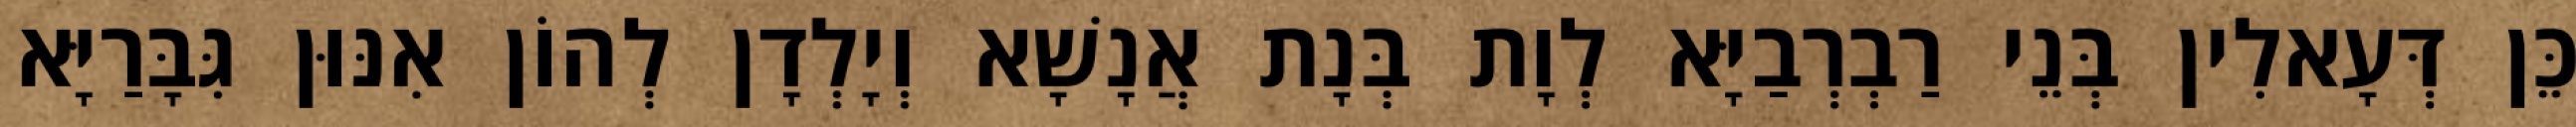
כֵּן דְּעָאלִין בְּנֵי רַבְרְבַיָּא לְוָת בְּנָת אֲנָשָׁא וְיָלְדָן לְהוֹן אִנּוּן גִּבָּרַיָּא